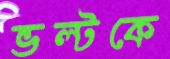
ভল্টকে